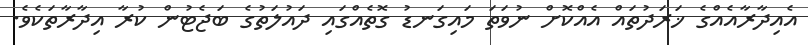
އެއިދާރާއެއްގެ ޚަރަދުތައް އެއްކޮށް ނުވަތަ މައިގަނޑު ގޮތެއްގައި ދައުލަތުގެ ބަޖެޓުން ކުރާ އިދާރާތަކެވެ.